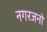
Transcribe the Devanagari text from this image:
नगरजनो